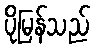
ပိုမြန်သည်